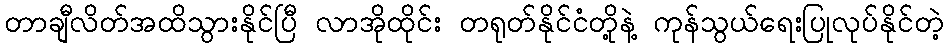
တာချီလိတ်အထိသွားနိုင်ပြီ လာအိုထိုင်း တရုတ်နိုင်ငံတို့နဲ့ ကုန်သွယ်ရေးပြုလုပ်နိုင်တဲ့